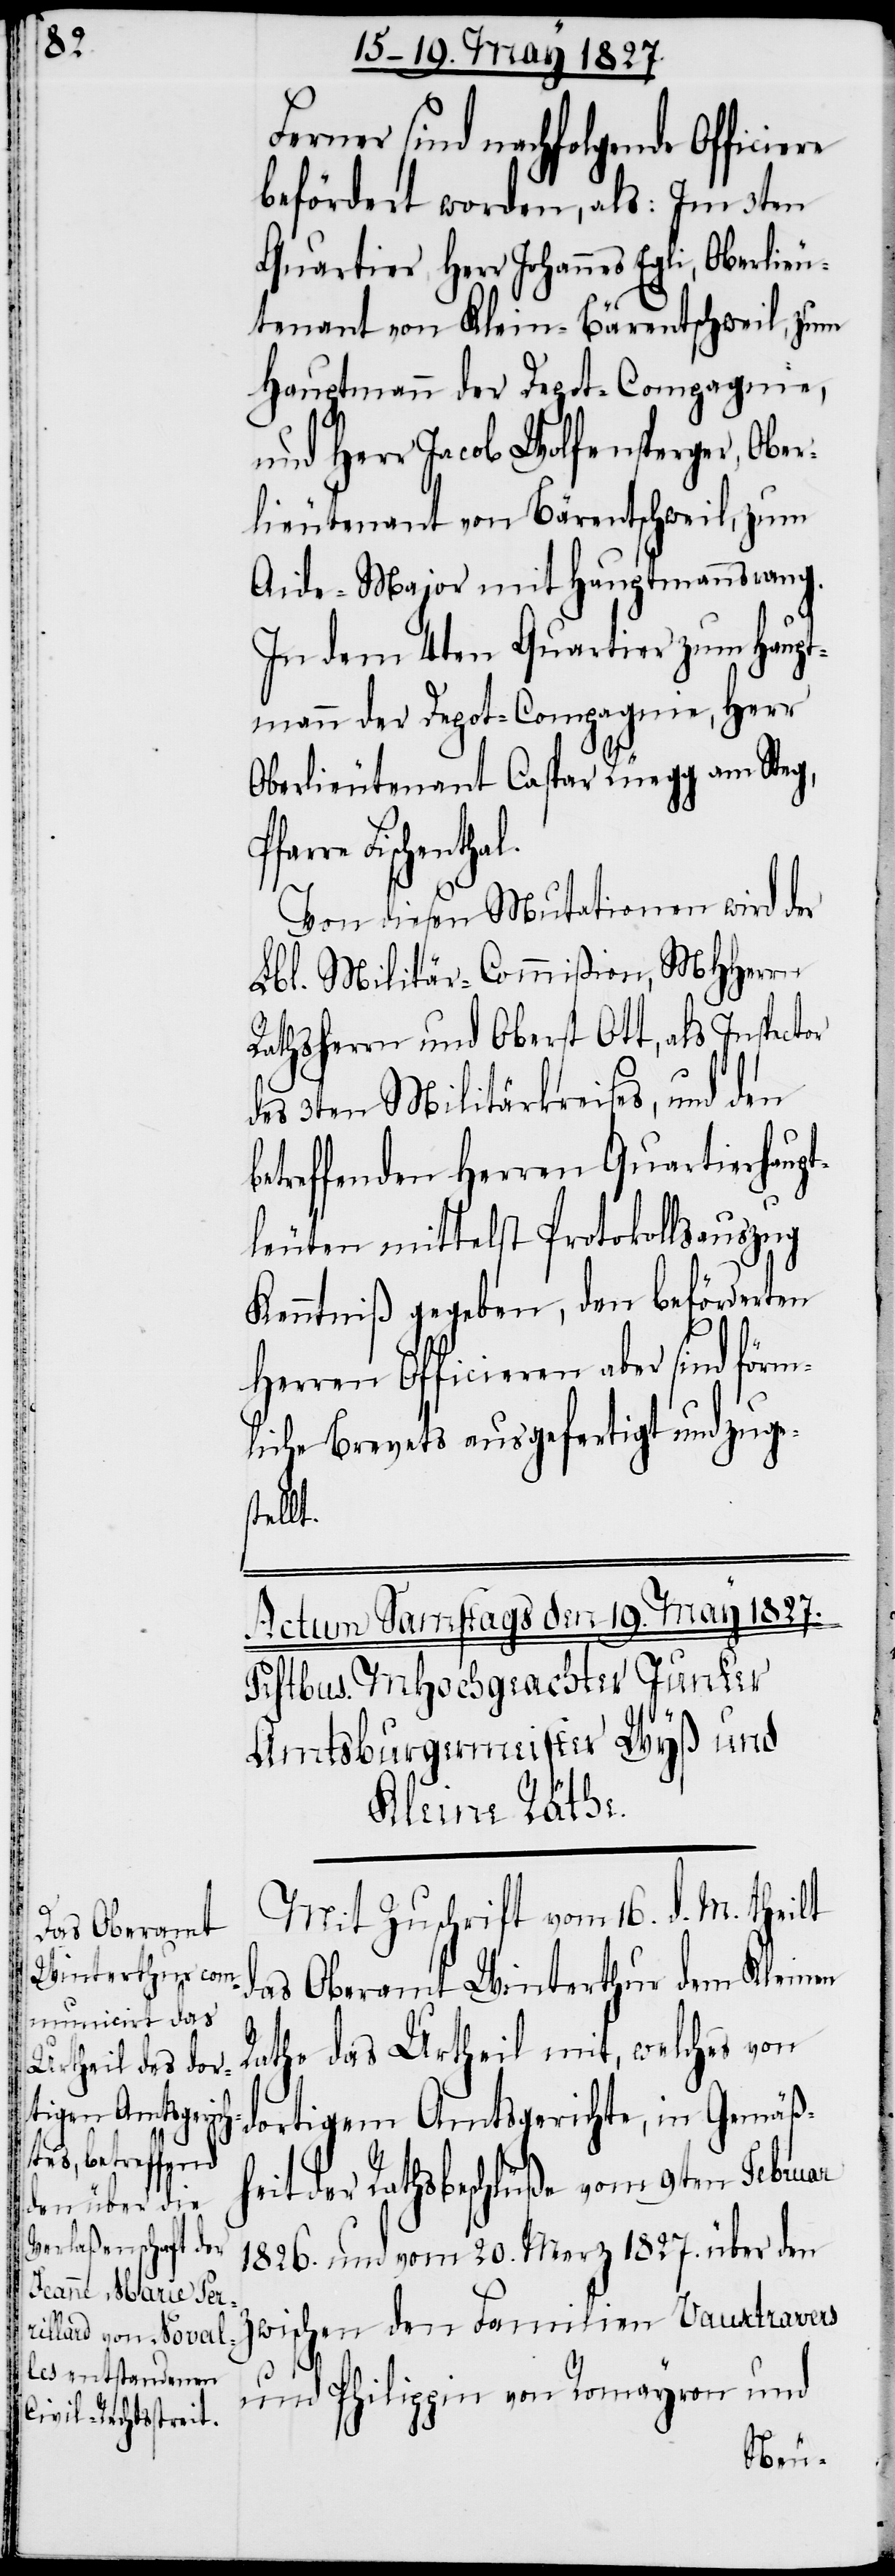
b¬

Ferner sind nachfolgende Officie¬
befördert worden, als: Im 3ten
Quartier Herr Johannes Egli, Oberlieu¬
tenant von Klein-Bärentschweil, zum
Hauptmann der Depot-Compagnie,
und Herr Jacob Wolfensperger, Ober¬
lieutenant von Bärentschweil, zum
Aide-Major mit Hauptmannsrang.
In dem 4ten Quartier zum Haupt¬
mann der Depot-Compagnie, Herr
Oberlieutenant Caspar Rüegg von Steg,
Fischentha¬
Von diesen Mutationen wird der
Lbl. Militär-Commißion, MHHerrn
Rathsherrn und Oberst Ott, als Inspector
des 3ten Militärkreises, und den
etreffenden Herren Quartierhaup¬
tleuten mittelst Protokollsauszug
Kenntniß gegeben, den beförderten
Herren Officieren aber sind förm¬
liche Brevets ausgefertigt und zuges¬
tellt.
Mit Zuschrift vom 16. d. M. theilt
das Oberamt Winterthur dem Kleinen
Rathe das Urtheil mit, welches von
dortigem Amtsgerichte, in Gemäßh¬
eit der Rathsbeschlüße vom 9ten Februar
1826. und vom 20. Merz 1827. über den
zwischen den Familien Vauxtravers
und Philippin von Romayron und